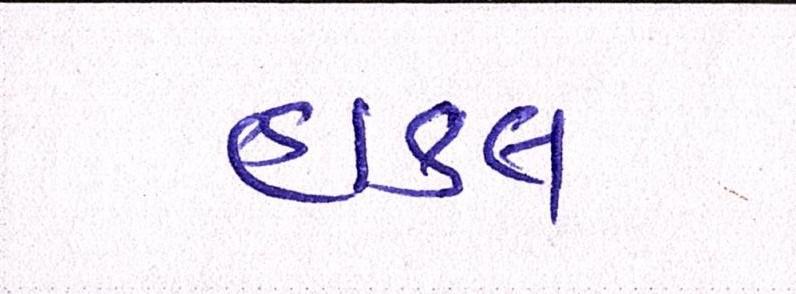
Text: હાકલ